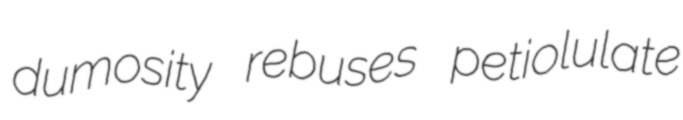
dumosity rebuses petiolulate